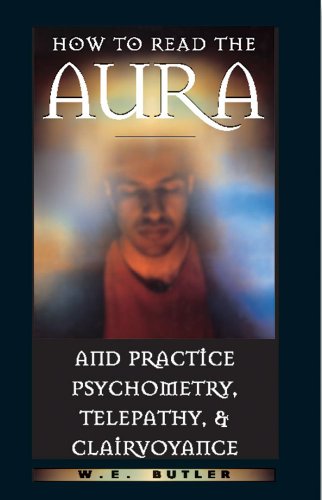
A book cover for How to Read the Aura and Practice Psychometry, Telepathy, and Clairvoyance; W. E. Butler; Religion & Spirituality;